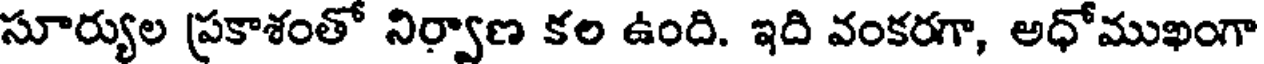
సూర్యుల ప్రకాశంతో నిర్వాణ కల ఉంది. ఇది వంకరగా, అధోముఖంగా